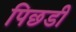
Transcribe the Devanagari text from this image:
पिछडी